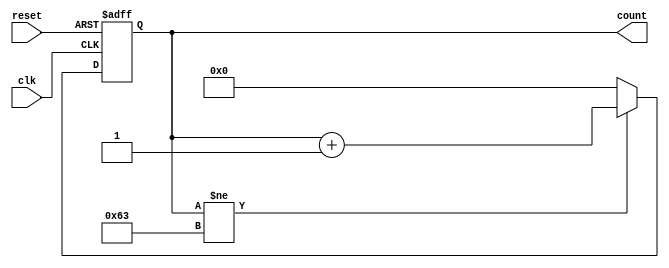
module counter_99 (count, clk, reset);
input clk;
input reset;
//This implementation assumes that the counter resets on active low
output reg [7:0] count;
initial
   begin
      //start counter with 0;
      count <= 8'b00_00_00_00;
   end
always @ (posedge clk, negedge reset)
   begin
      if(~reset)
         begin
         //reset counter on active low
            count <= 8'b00_00_00_00;
         end
      else
         begin
            //if counter is not 99 increment else reset
            if(count != 8'd99)
               begin
                  count <= count + 1;
               end
             else
               begin
                  count <= 8'b00_00_00_00;
               end
          end
   end
endmodule